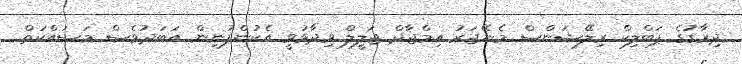
ދިރާގުގެ ޕަބްލިކް ރިލޭޝަންސް މެނޭޖަރު އިމްޖާދް ޖަލީލް ވިދާޅުވީ އެކުންފުނިން އަބަދުވެސް މަސައްކަތް